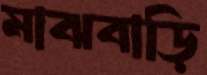
মাঝবাড়ি